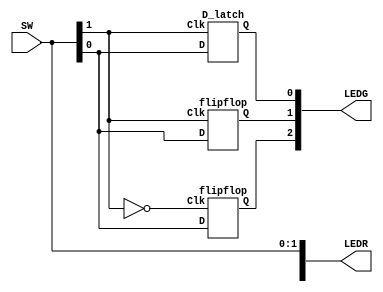
module part6 (SW, LEDR, LEDG);
  input [1:0] SW;
  output [17:0] LEDR, LEDG;
  assign LEDR[1:0] = SW[1:0];
  
  wire Q;

  D_latch L0 (SW[1], SW[0], LEDG[0]);
  flipflop F0 (SW[1], SW[0], LEDG[1]);
  flipflop F1 (~SW[1], SW[0], LEDG[2]);
endmodule

module D_latch (Clk, D, Q);
  input D, Clk;
  output reg Q;
  always @ (D, Clk)
    if (Clk)
      Q = D;
endmodule

module flipflop (Clk, D, Q);
  input Clk, D;
  output Q;
  
  wire Qm;
  D_latch D0 (~Clk, D, Qm);
  D_latch D1 (Clk, Qm, Q);
endmodule